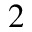
^ 2